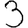
Digit: 3